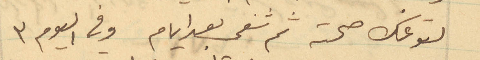
لتوعك صحته ثم شفي بعد ايام وفي اليوم 3